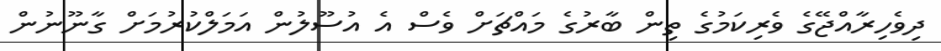
ދިވެހިރާއްޖޭގެ ވެރިކަމުގެ ތިން ބާރުގެ މައްޗަށް ވެސް އެ އުސޫލުން އަމަލްކުރުމަށް ގާނޫނުން